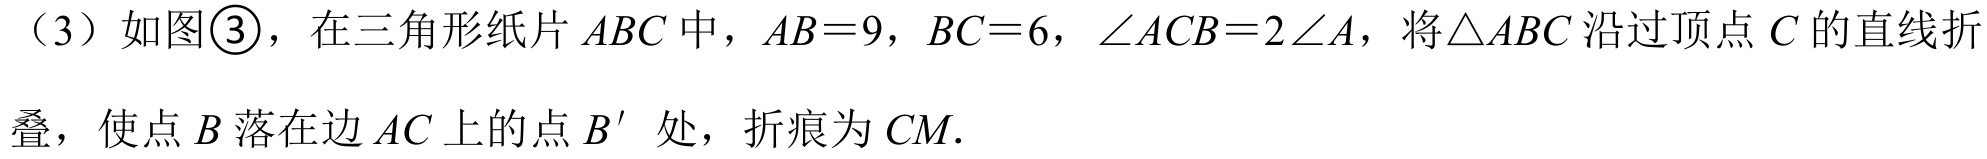
(3) 如图\textcircled{3}，在三角形纸片 \(ABC\) 中，\(AB = 9\)，\(BC = 6\)，\(\angle ACB = 2\angle A\)，将\(\triangle ABC\) 沿过顶点 \(C\) 的直线折
叠，使点 \(B\) 落在边 \(AC\) 上的点 \(B'\) 处，折痕为 \(CM\).